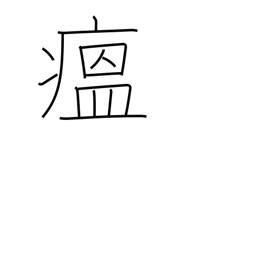
Meaning: contagious disease